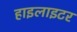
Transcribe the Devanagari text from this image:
हाइलाइटर